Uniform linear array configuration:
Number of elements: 64
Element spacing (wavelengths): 0.25
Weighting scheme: uniform
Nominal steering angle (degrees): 15
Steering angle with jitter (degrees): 15.137
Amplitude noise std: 0.05
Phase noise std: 0.05

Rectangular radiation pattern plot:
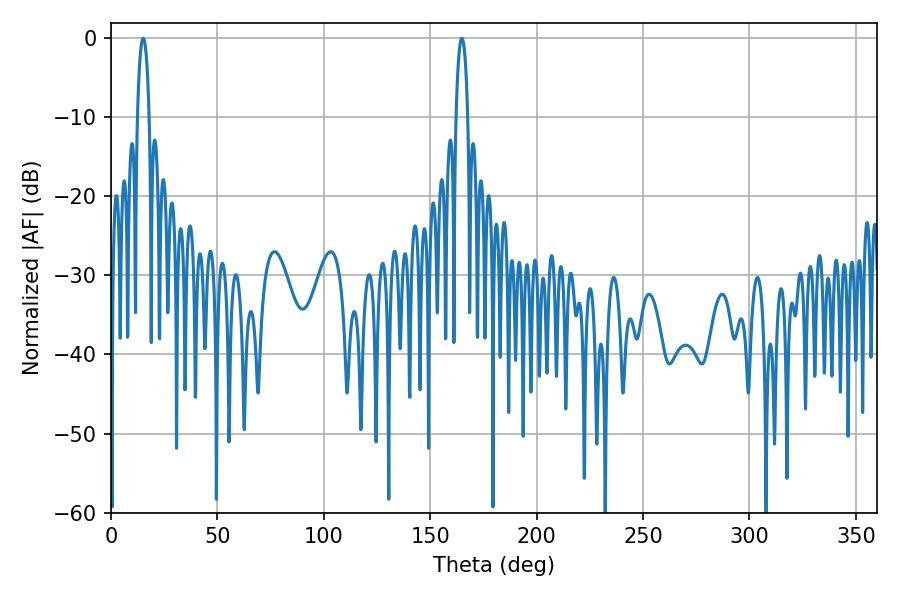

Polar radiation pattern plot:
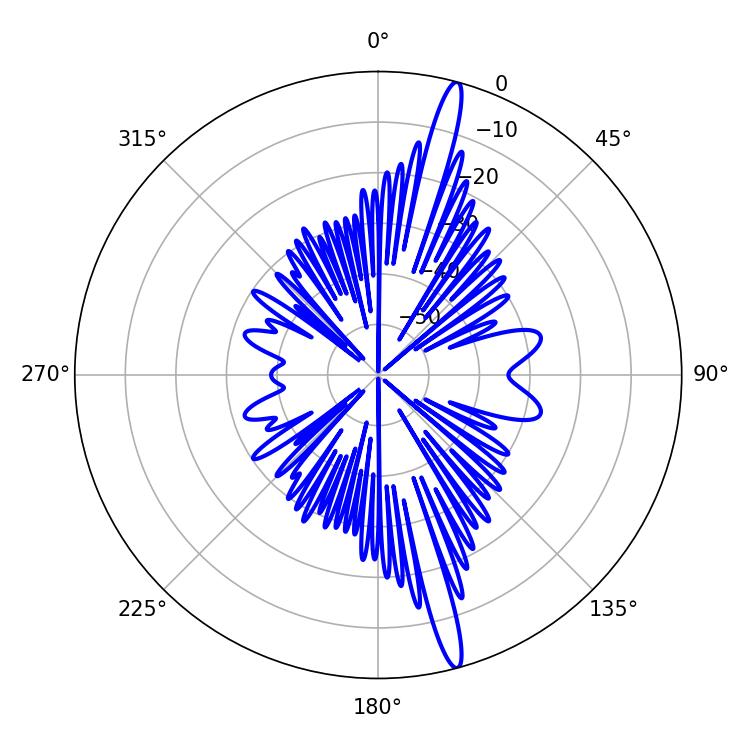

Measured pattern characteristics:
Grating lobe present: FALSE
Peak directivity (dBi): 17.698
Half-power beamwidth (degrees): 3.06
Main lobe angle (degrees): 15.12